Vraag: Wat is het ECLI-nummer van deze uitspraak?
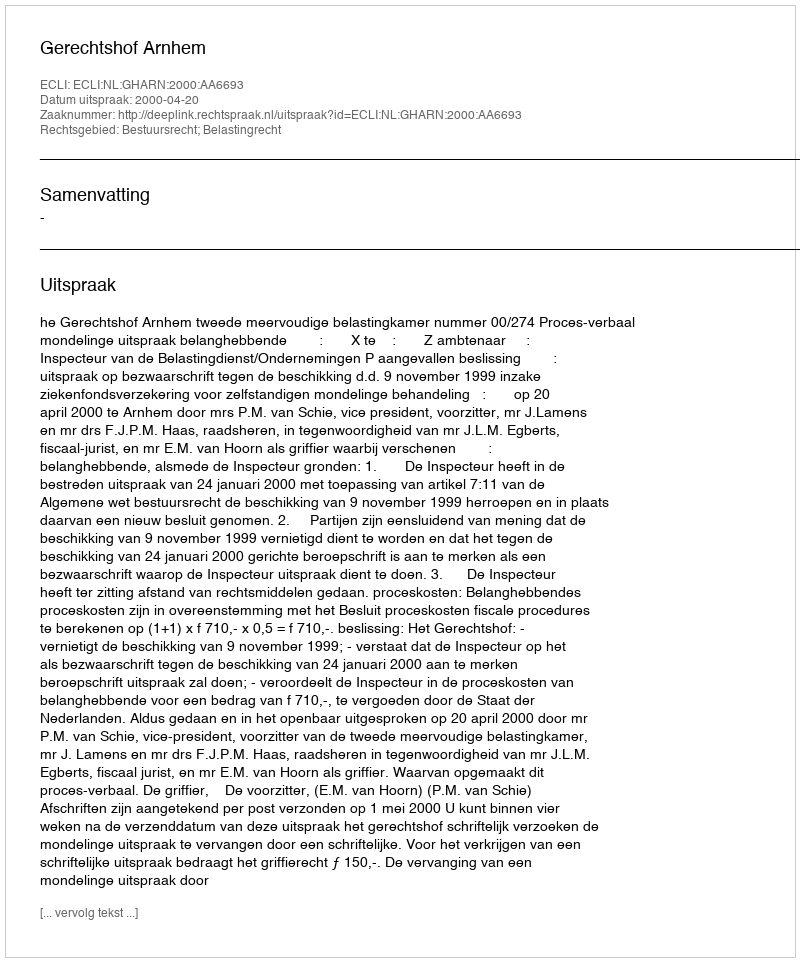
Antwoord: ECLI:NL:GHARN:2000:AA6693